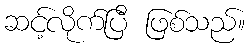
ဆင့်လိုက်ပြီ ဖြစ်သည်။